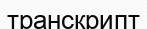
транскрипт